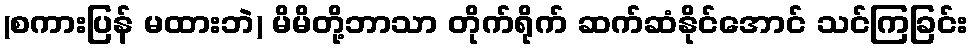
(စကားပြန် မထားဘဲ) မိမိတို့ဘာသာ တိုက်ရိုက် ဆက်ဆံနိုင်အောင် သင်ကြခြင်း